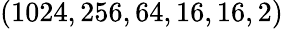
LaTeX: (1024,256,64,16,16,2)